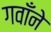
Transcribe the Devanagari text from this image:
गवाँने